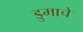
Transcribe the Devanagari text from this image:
डुमाचे